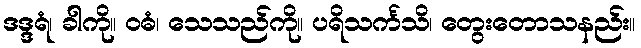
ဒဒ္ဒရံ၊ ခါကို။ ဝဓံ၊ သေသည်ကို။ ပရိသင်္ကသိ၊ တွေးတောသနည်း။